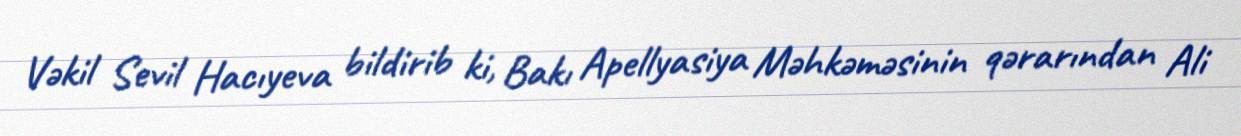
Vəkil Sevil Hacıyeva bildirib ki, Bakı Apellyasiya Məhkəməsinin qərarından Ali